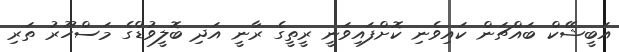
އަބީޝޭކް ބައްޗަން ކައިވެނި ކޮށްފައިވަނީ ރީތީގެ ރާނީ އަދި ބޮލީވުޑްގެ މަސްހޫރު ތަރި